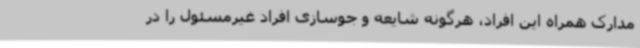
مدارک همراه این افراد، هرگونه شایعه و جوسازی افراد غیرمسئول را در